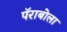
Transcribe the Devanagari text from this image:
पॅराबोला